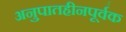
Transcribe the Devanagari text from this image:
अनुपातहीनपूर्वक